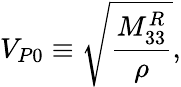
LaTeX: V_{P0}\equiv\sqrt{\frac{M_{33}^{R}}{\rho}},